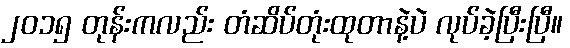
၂၀၁၅ တုန်းကလည်း တံဆိပ်တုံးထုတာနဲ့ပဲ လုပ်ခဲ့ပြီးပြီ။